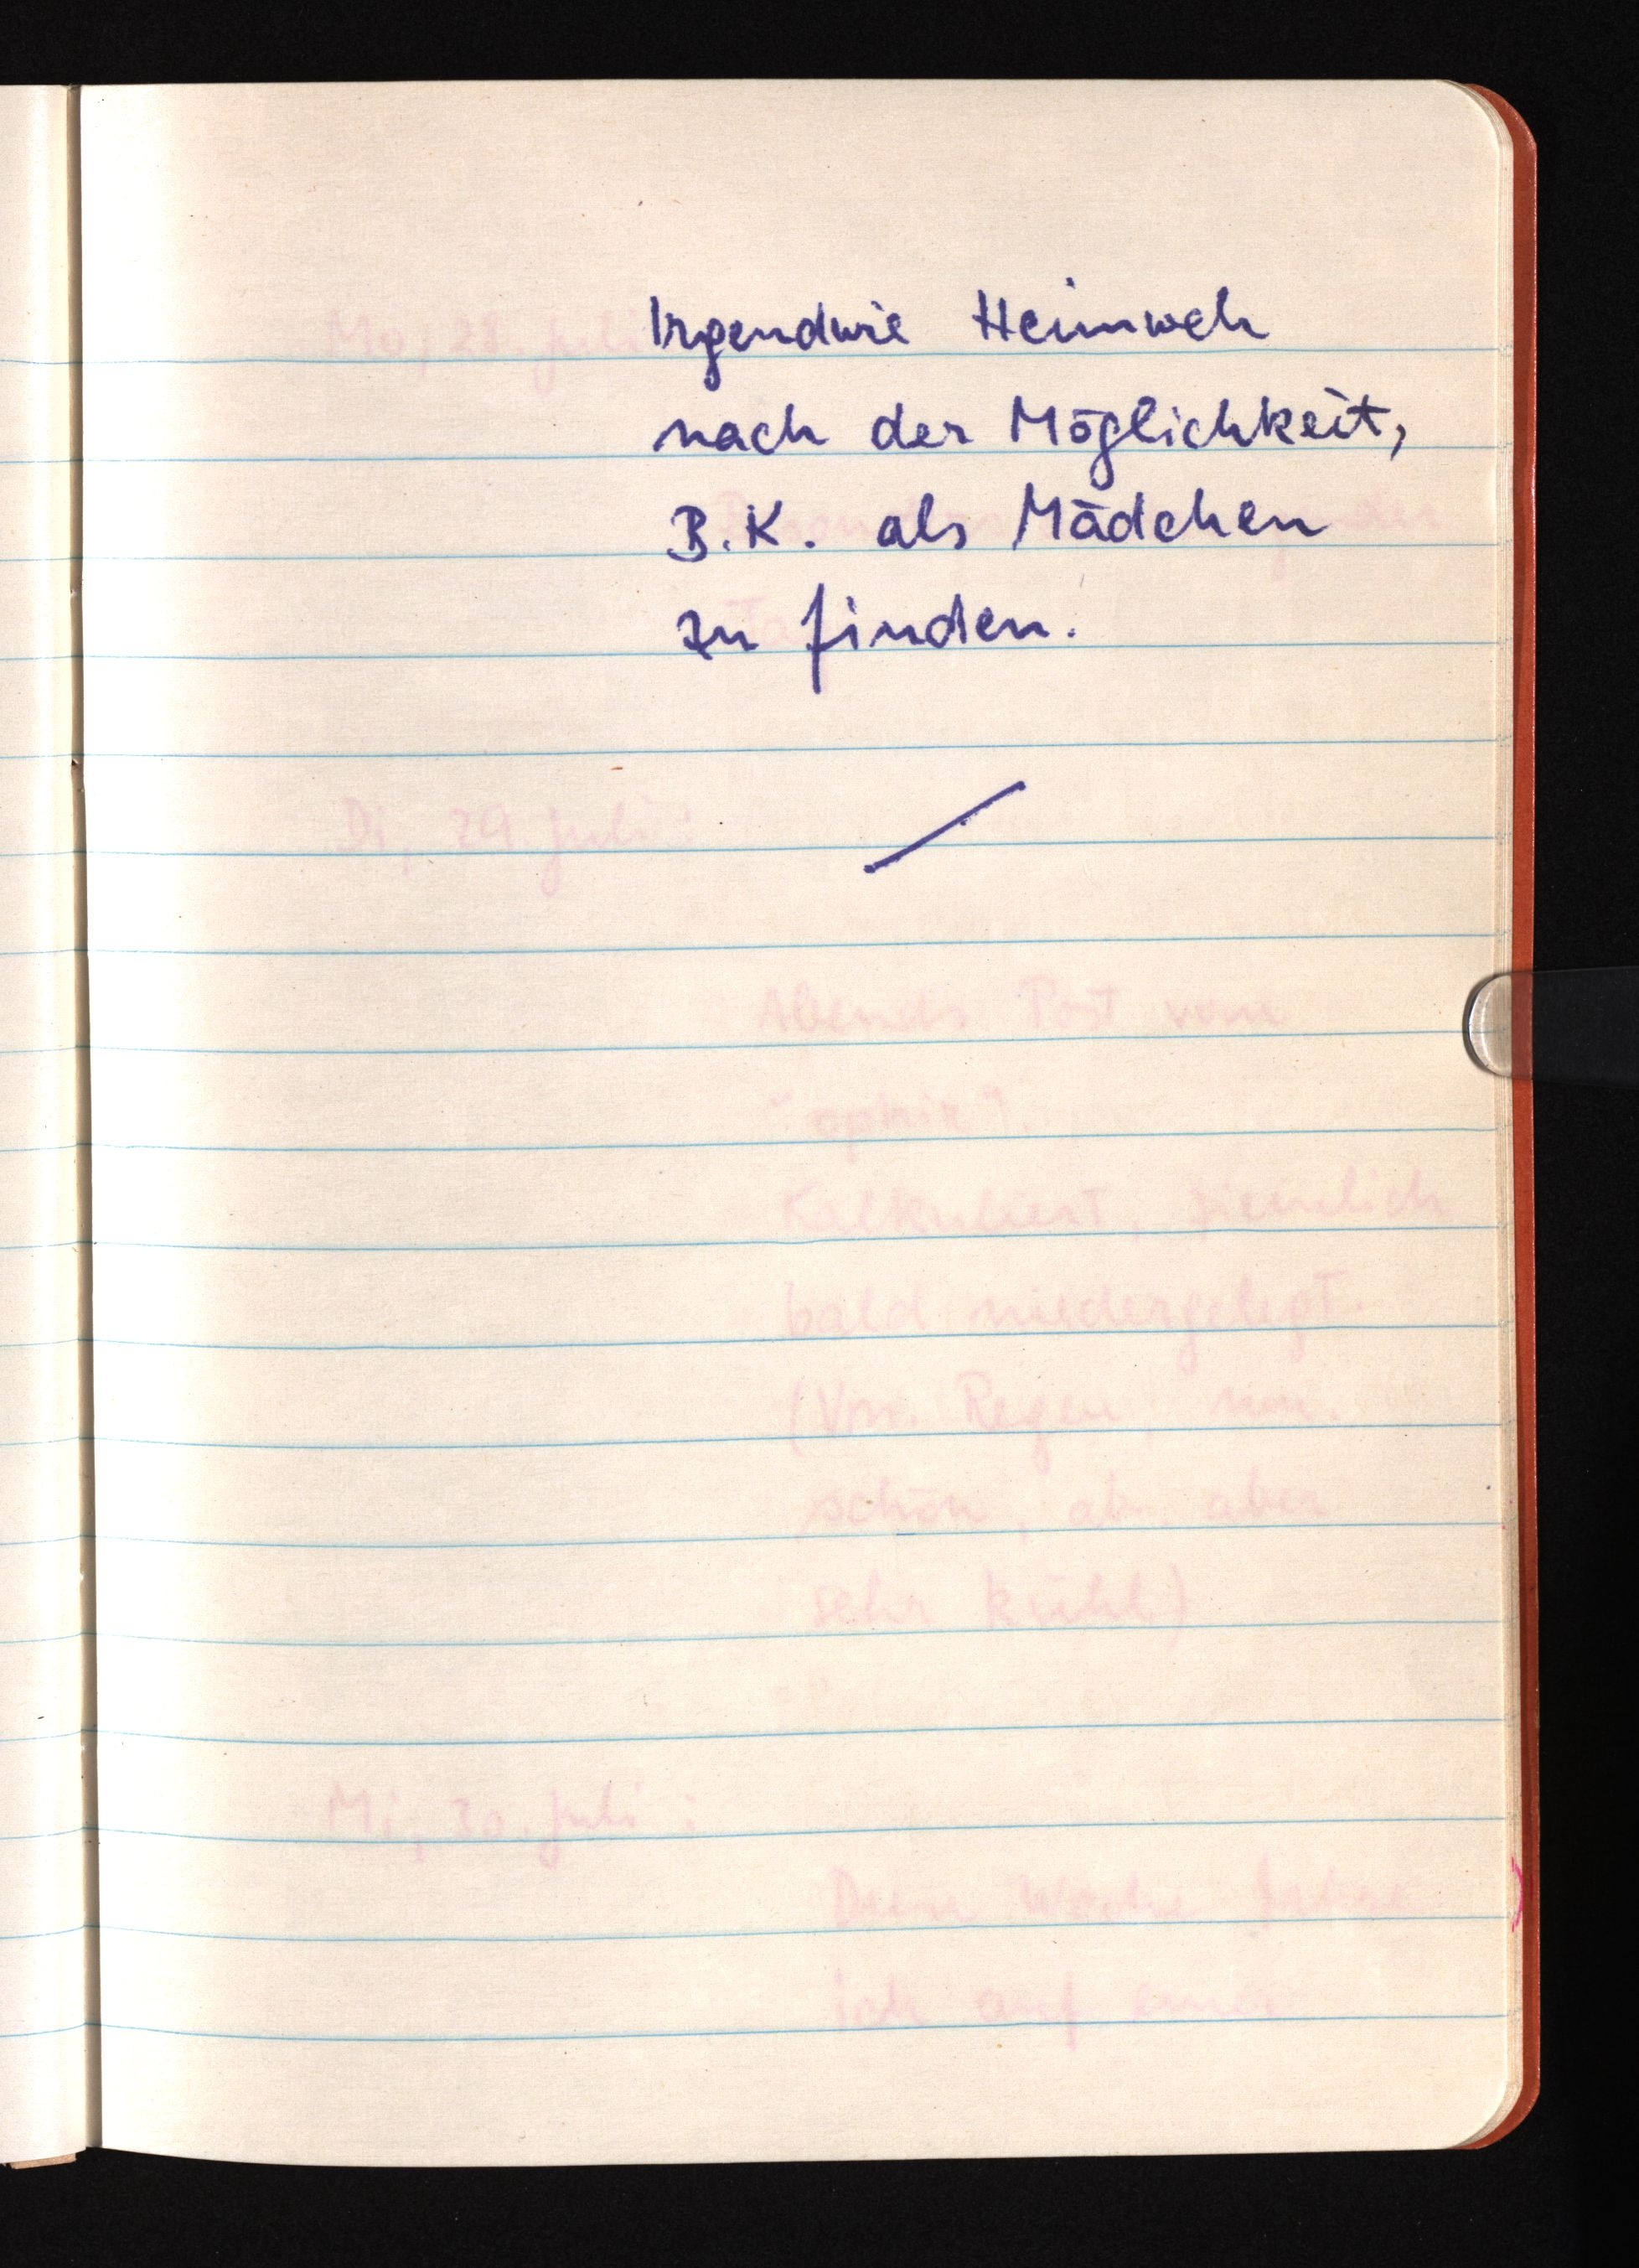
Irgendwie Heimweh
nach der Möglichkeit,
B. K. als Mädchen
zu finden.